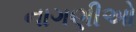
નાગણીઓ